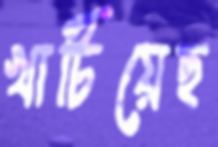
খাটিয়েছ